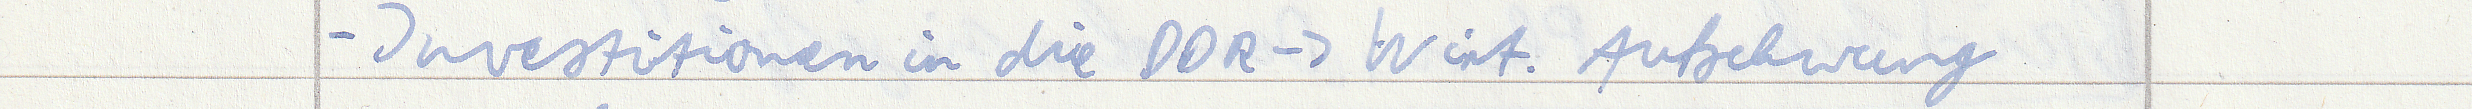
- Investitionen in die DDR -> Wirt. Aufschwung